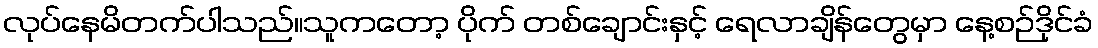
လုပ်နေမိတက်ပါသည်။သူကတော့ ပိုက် တစ်ချောင်းနှင့် ရေလာချိန်တွေမှာ နေ့စဉ်ဒိုင်ခံ